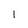
Character: 1